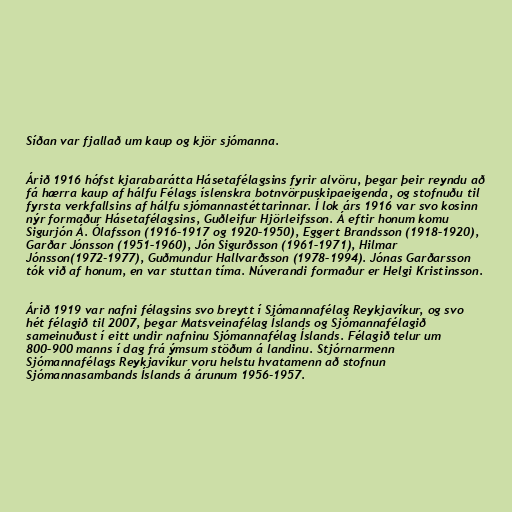
Síðan var fjallað um kaup og kjör sjómanna.

Árið 1916 hófst kjarabarátta Hásetafélagsins fyrir alvöru, þegar þeir reyndu að
fá hærra kaup af hálfu Félags íslenskra botnvörpuskipaeigenda, og stofnuðu til
fyrsta verkfallsins af hálfu sjómannastéttarinnar. Í lok árs 1916 var svo kosinn
nýr formaður Hásetafélagsins, Guðleifur Hjörleifsson. Á eftir honum komu
Sigurjón Á. Ólafsson (1916–1917 og 1920–1950), Eggert Brandsson (1918–1920),
Garðar Jónsson (1951–1960), Jón Sigurðsson (1961–1971), Hilmar
Jónsson(1972-1977), Guðmundur Hallvarðsson (1978–1994). Jónas Garðarsson
tók við af honum, en var stuttan tíma. Núverandi formaður er Helgi Kristinsson.

Árið 1919 var nafni félagsins svo breytt í Sjómannafélag Reykjavíkur, og svo
hét félagið til 2007, þegar Matsveinafélag Íslands og Sjómannafélagið
sameinuðust í eitt undir nafninu Sjómannafélag Íslands. Félagið telur um
800–900 manns í dag frá ýmsum stöðum á landinu. Stjórnarmenn
Sjómannafélags Reykjavíkur voru helstu hvatamenn að stofnun
Sjómannasambands Íslands á árunum 1956-1957.